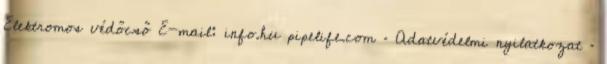
Elektromos védőcső E-mail: info.hu pipelife.com · Adatvédelmi nyilatkozat ·